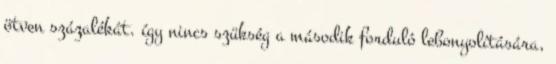
ötven százalékát. így nincs szükség a második forduló lebonyolítására,